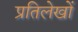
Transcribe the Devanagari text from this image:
प्रतिलेखों